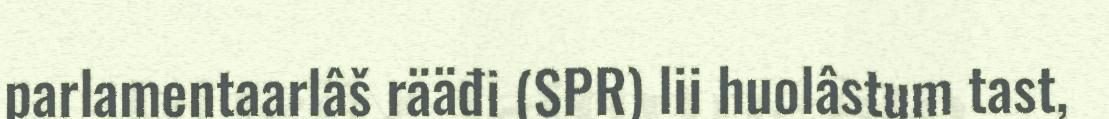
parlamentaarlâš rääđi (SPR) lii huolâstum tast,